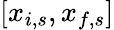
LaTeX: [x_{i,s},x_{f,s}]